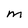
Character: M